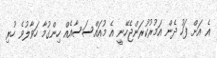
އެ އަށް ފަހު ދެން އަމުރުކުރަންޖެހޭނީ އެ މުއައްސަސާއެއް ހިންގުމާ ހަވާލުވެ ހުރި